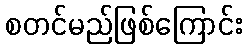
စတင်မည်ဖြစ်ကြောင်း